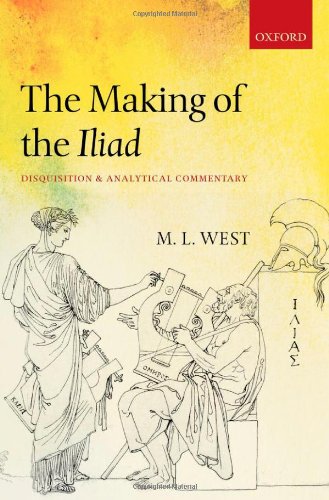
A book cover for The Making of the Iliad: Disquisition and Analytical Commentary; M. L. West; Literature & Fiction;